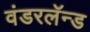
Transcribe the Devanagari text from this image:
वंडरलॅन्ड